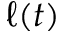
\ell ( t )